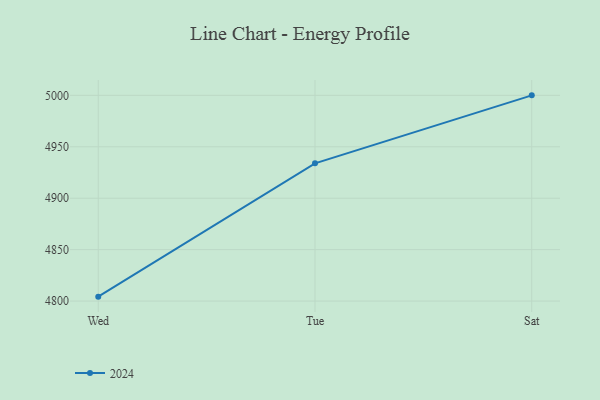
{"axis": {"x": "Day", "y": "Population (Million)"}, "legend": ["2024"], "data": [{"x": "Wed", "y": 4804.3, "type": "2024"}, {"x": "Tue", "y": 4933.9, "type": "2024"}, {"x": "Sat", "y": 5000, "type": "2024"}]}